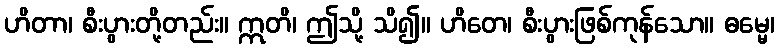
ဟိတာ၊ စီးပွားတို့တည်း။ ဣတိ၊ ဤသို့ သိ၍။ ဟိတေ၊ စီးပွားဖြစ်ကုန်သော။ ဓမ္မေ၊